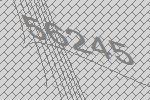
56245